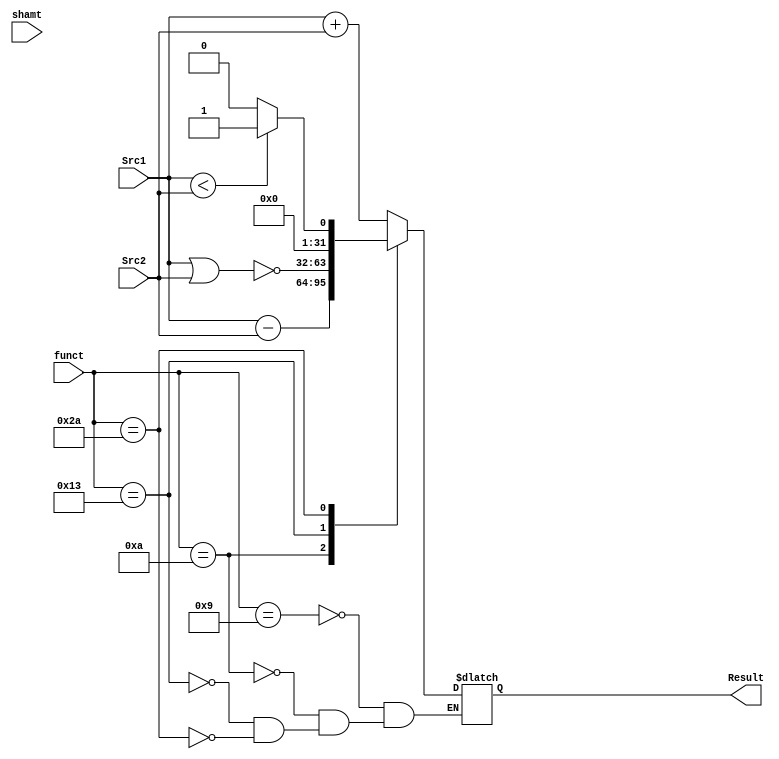
`define Addu	6'b001001
`define Subu	6'b001010
`define Nor		6'b010011
`define Or
`define Sltu	6'b101010

module ALU(
	input [31:0] Src1,
	input [31:0] Src2,
	input [4:0] shamt,
	input [5:0] funct,

	output reg [31:0] Result
);

	always @(Src1, Src2, shamt, funct)begin
		case(funct)
			`Addu:	Result <= Src1 + Src2;
			`Subu:	Result <= Src1 - Src2;
			`Nor:	Result <= ~(Src1 | Src2);
			`Sltu:begin
				if(Src1 < Src2) Result <= 1;
				else Result <= 0;
			end
			default: Result = Result;
		endcase
	end
endmodule